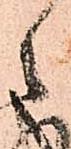
之